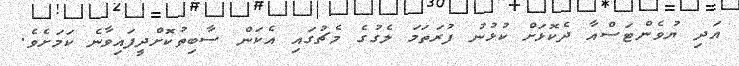
އަދި ޔުވެންޓަސްއާ ދެކޮޅަށް ކުޅުނު ފުރަތަމަ ލެގުގެ މެޗުގައި އެކަން ސާބިތުކޮށްދީފައިވާނެ ކަމަށެވެ.